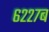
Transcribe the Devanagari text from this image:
६२२७ब